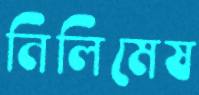
নিলিমেষ